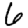
Digit: 6